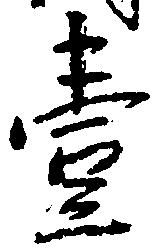
壱